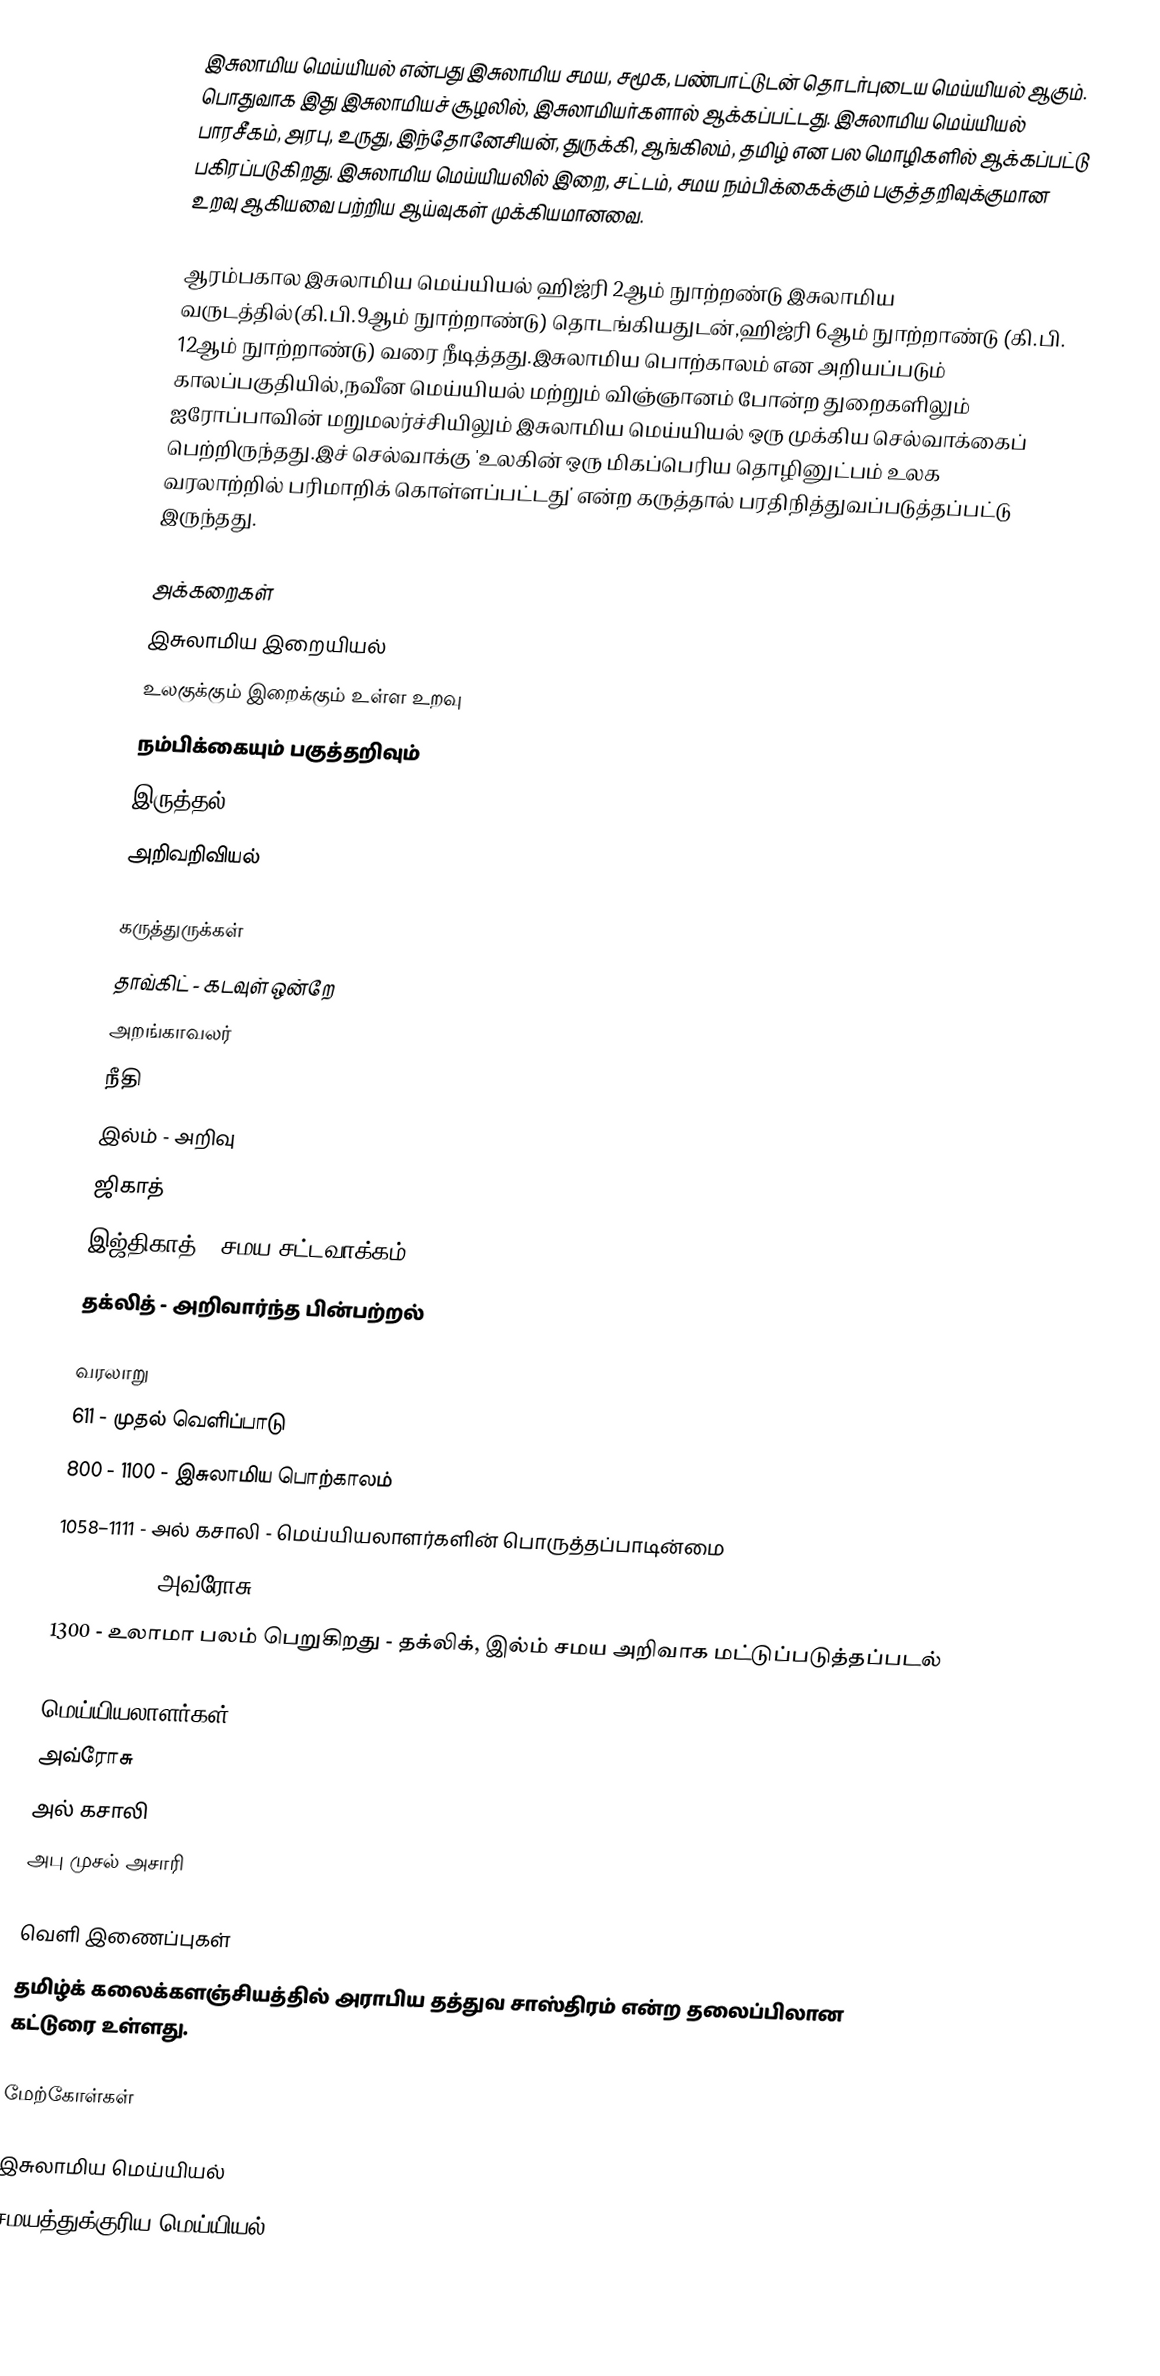
இசுலாமிய மெய்யியல் என்பது இசுலாமிய சமய, சமூக, பண்பாட்டுடன் தொடர்புடைய மெய்யியல் ஆகும்.  பொதுவாக இது இசுலாமியச் சூழலில், இசுலாமியர்களால் ஆக்கப்பட்டது.  இசுலாமிய மெய்யியல் பாரசீகம், அரபு, உருது, இந்தோனேசியன், துருக்கி, ஆங்கிலம், தமிழ் என பல மொழிகளில் ஆக்கப்பட்டு பகிரப்படுகிறது.  இசுலாமிய மெய்யியலில் இறை, சட்டம், சமய நம்பிக்கைக்கும் பகுத்தறிவுக்குமான உறவு ஆகியவை பற்றிய ஆய்வுகள் முக்கியமானவை.

ஆரம்பகால இசுலாமிய மெய்யியல் ஹிஜ்ரி 2ஆம் நுாற்றண்டு இசுலாமிய வருடத்தில்(கி.பி.9ஆம் நுாற்றாண்டு) தொடங்கியதுடன்,ஹிஜ்ரி 6ஆம் நுாற்றாண்டு (கி.பி. 12ஆம் நுாற்றாண்டு) வரை நீடித்தது.இசுலாமிய பொற்காலம் என அறியப்படும் காலப்பகுதியில்,நவீன மெய்யியல் மற்றும் விஞ்ஞானம் போன்ற துறைகளிலும் ஐரோப்பாவின் மறுமலர்ச்சியிலும் இசுலாமிய மெய்யியல் ஒரு முக்கிய செல்வாக்கைப் பெற்றிருந்தது.இச் செல்வாக்கு 'உலகின் ஒரு மிகப்பெரிய தொழினுட்பம் உலக வரலாற்றில் பரிமாறிக் கொள்ளப்பட்டது'  என்ற கருத்தால் பரதிநித்துவப்படுத்தப்பட்டு இருந்தது.

அக்கறைகள்
 இசுலாமிய இறையியல்
 உலகுக்கும் இறைக்கும் உள்ள உறவு
 நம்பிக்கையும் பகுத்தறிவும்
 இருத்தல்
 அறிவறிவியல்

கருத்துருக்கள்
 தாவ்கிட் - கடவுள் ஒன்றே
 அறங்காவலர்
 நீதி
 இல்ம் - அறிவு
 ஜிகாத்
 இஜ்திகாத் - சமய சட்டவாக்கம்
 தக்லித் - அறிவார்ந்த பின்பற்றல்

வரலாறு
 611 - முதல் வெளிப்பாடு
 800 - 1100 - இசுலாமிய பொற்காலம்
 1058–1111 - அல் கசாலி - மெய்யியலாளர்களின் பொருத்தப்பாடின்மை
 1126-1198 -  அவ்ரோசு
 1300 - உலாமா பலம் பெறுகிறது - தக்லிக், இல்ம் சமய அறிவாக மட்டுப்படுத்தப்படல்

மெய்யியலாளர்கள்
 அவ்ரோசு
 அல் கசாலி
 அபு முசல் அசாரி

வெளி இணைப்புகள்
தமிழ்க் கலைக்களஞ்சியத்தில் அராபிய தத்துவ சாஸ்திரம் என்ற தலைப்பிலான கட்டுரை உள்ளது.

மேற்கோள்கள்

இசுலாமிய மெய்யியல்
சமயத்துக்குரிய மெய்யியல்